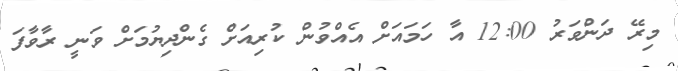
މިރޭ ދަންވަރު 12:00 އާ ހަމައަށް އެއްވުން ކުރިއަށް ގެންދިޔުމަށް ވަނީ ރާވާފަ